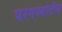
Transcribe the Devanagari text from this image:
परगण्यांतील